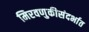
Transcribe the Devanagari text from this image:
मिरवणुकीसंदर्भात